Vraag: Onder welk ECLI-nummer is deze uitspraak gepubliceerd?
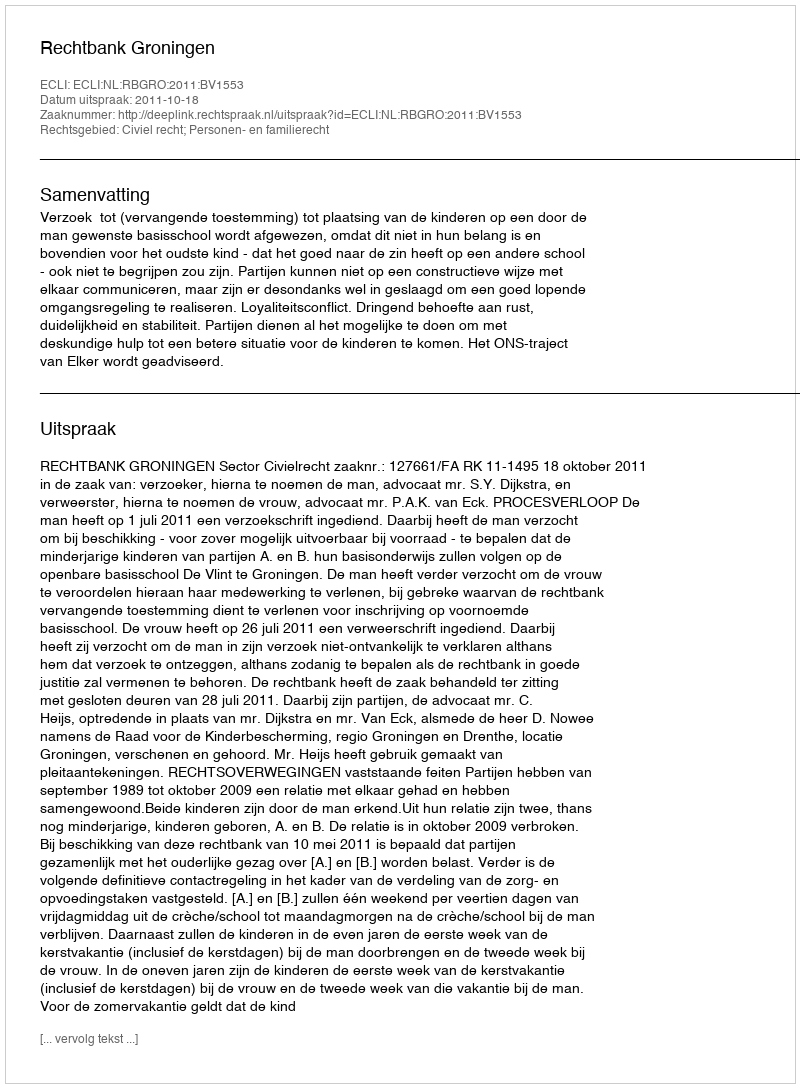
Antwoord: ECLI:NL:RBGRO:2011:BV1553